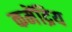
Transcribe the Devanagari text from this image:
कमेंद्रिय